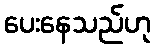
ပေးနေသည်ဟု